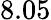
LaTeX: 8.05